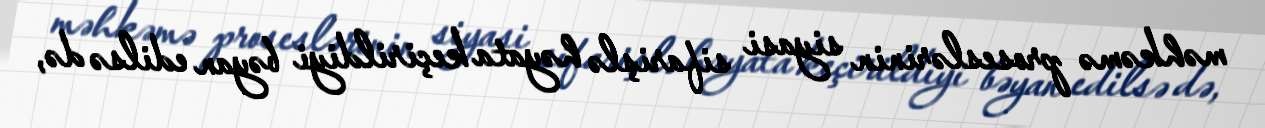
məhkəmə proseslərinin siyasi sifarişlə həyata keçirildiyi bəyan edilsə də,